system: You are a helpful assistant.
user:
Analyze the provided spectrum to determine if it is a **M-type Giant (gM)**.

A M-type Giant spectrum is defined by its **strong molecular absorption** features, particularly from **Titanium Oxide (TiO)**. You must check for one of the following mutually exclusive signatures:

- **Key Visual Indicators (Absorption-Dominated Spectrum):**

    - **(Primary):** The spectrum is dominated by strong molecular absorption from **Titanium Oxide (TiO)**. This is the **defining feature** of its M-type temperature class.
        - **(Key Bandheads):** Look for sharp, "saw-tooth" absorption valleys. The strongest are located near **~7050 Å**, **~6160 Å**, and **~5170 Å**.
        - **(Line Profile):** The "saw-tooth" morphology is critical: a **sharp, steep drop on the BLUE (short-wavelength) side** of the bandhead, followed by a gradual recovery (rising flux) towards the RED (long-wavelength) side.

    - **(Key Confirmation - Giant vs. Dwarf):** **ABSENCE** of strong **Calcium Hydride (CaH)** molecular bands. This is the primary diagnostic for *excluding* M-dwarfs.
        - **(Key Region):** The spectrum should lack the strong, broad absorption band seen in dwarfs between **~6800 Å and ~7000 Å**.

    - **(Secondary Confirmation - Giant):** A very strong and broad **Neutral Calcium (Ca I)** atomic absorption line.
        - **(Key Line):** Located at **~4226 Å**. In a giant (gM), this line is significantly deeper and broader than the same line in an M-dwarf (dM) due to low surface gravity.

    - **(Overall Spectrum):**
        - The continuum is **extremely red-sloping** (i.e., flux is very low in the blue and rises dramatically towards the red).
        - The entire spectrum appears "chopped up" by the deep TiO bands.

Think first, call **spectral_visualization_tool** if needed to examine features in detail, then provide your final answer. Your response must adhere to the following strict rules:
1.  **Overall Structure:** Your response must follow the format `<think>...</think> <tool_call>...</tool_call> (if a tool is used) <answer>...</answer>`.
2.  **Tool Usage Constraint:** You may only make **one** tool call per turn.
3.  **Final Answer Format:** In the `<answer>` tag, your conclusion must be inside a `\boxed{}` command (e.g., `\boxed{YES}` or `\boxed{NO}`), followed by your justification.

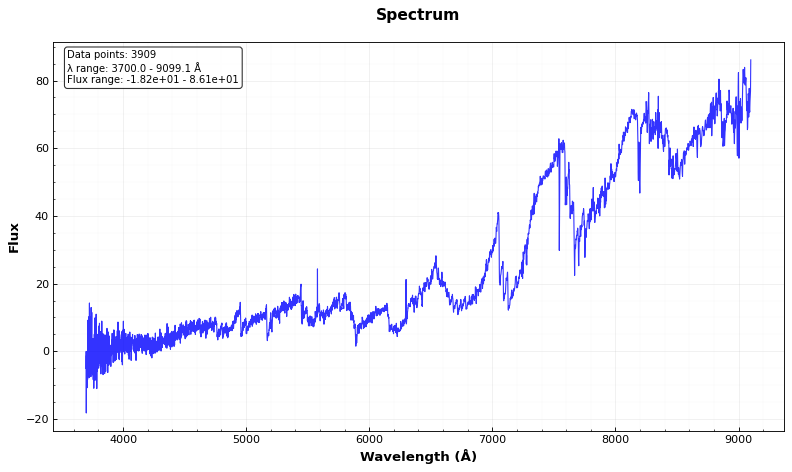
Answer: NO